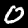
Digit: 0